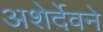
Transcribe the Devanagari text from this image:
अशेर्देवने